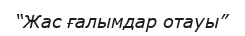
“Жас ғалымдар отауы”